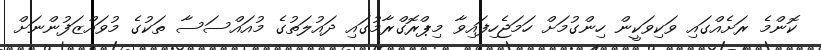
ކޮންމެ ރަށެއްގައި ވަކިވަކީން ހިންގުމަށް ހަމަޖެހިފައިވާ މިޕްރޮގްރާމުގައި ދައުލަތުގެ މުއައްސަސާ ތަކުގެ މުވައްޒަފުންނަށް